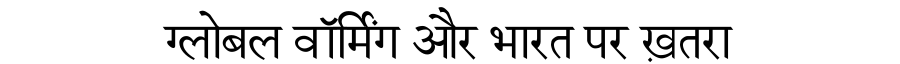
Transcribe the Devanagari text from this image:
ग्लोबल वॉर्मिंग और भारत पर ख़तरा